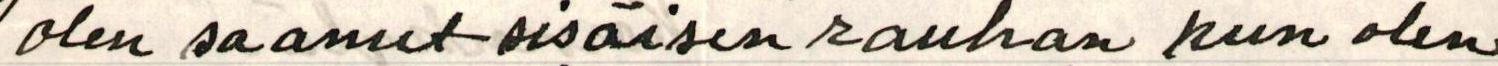
olen saanut sisäisen rauhan kun olen